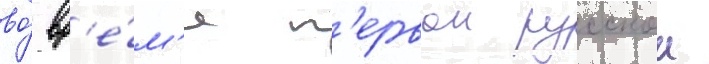
во́ вр'е́м'я п'ервои русскои